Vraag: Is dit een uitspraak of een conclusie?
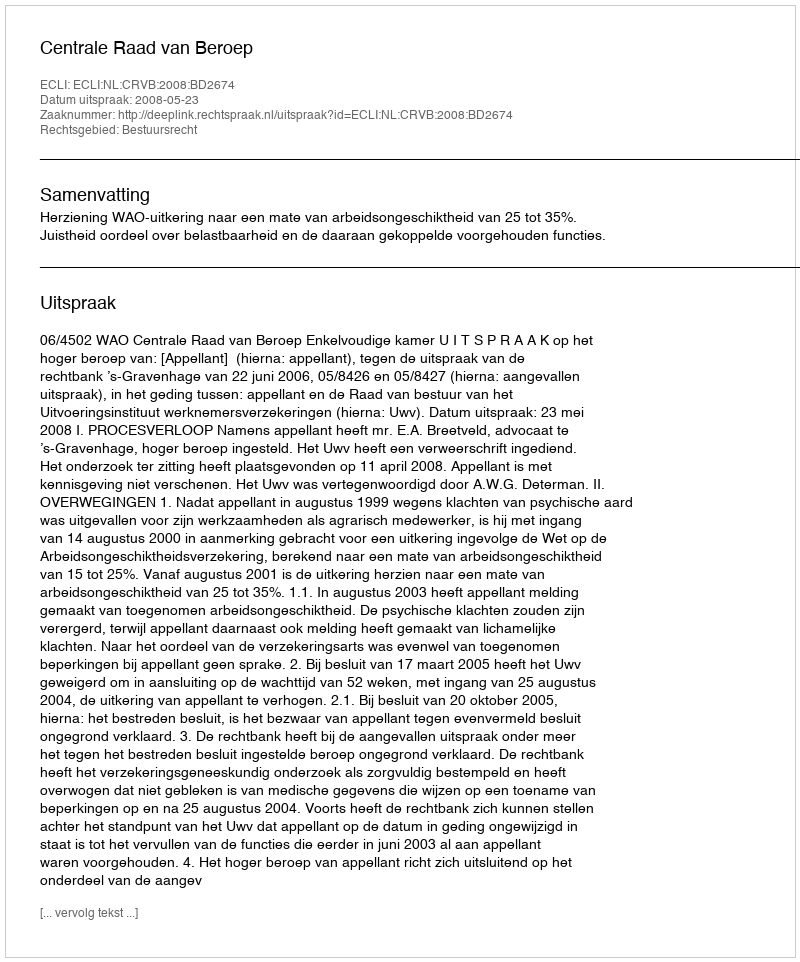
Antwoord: Uitspraak